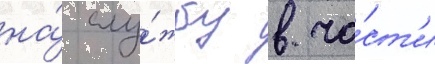
на́ слу́жбу в ча́ст'и